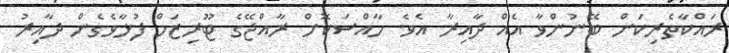
ރައްކާތެރިކަން ބޭނުންވާ އެއް ދާއިރާ އެވެ. ހާއްސަކޮށް ރާއްޖޭގެ ޓޫރިޒަމް ފުޅާވެގެން ދާއިރު